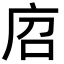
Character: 𢈆